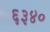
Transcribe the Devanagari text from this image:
६३४०